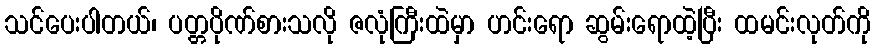
သင်ပေးပါတယ်၊ ပတ္တပိုဏ်စားသလို ဇလုံကြီးထဲမှာ ဟင်းရော ဆွမ်းရောထဲ့ပြီး ထမင်းလုတ်ကို